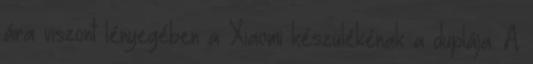
ára viszont lényegében a Xiaomi készülékénak a duplája. A